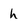
Character: h